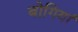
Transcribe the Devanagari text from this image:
बोगियां